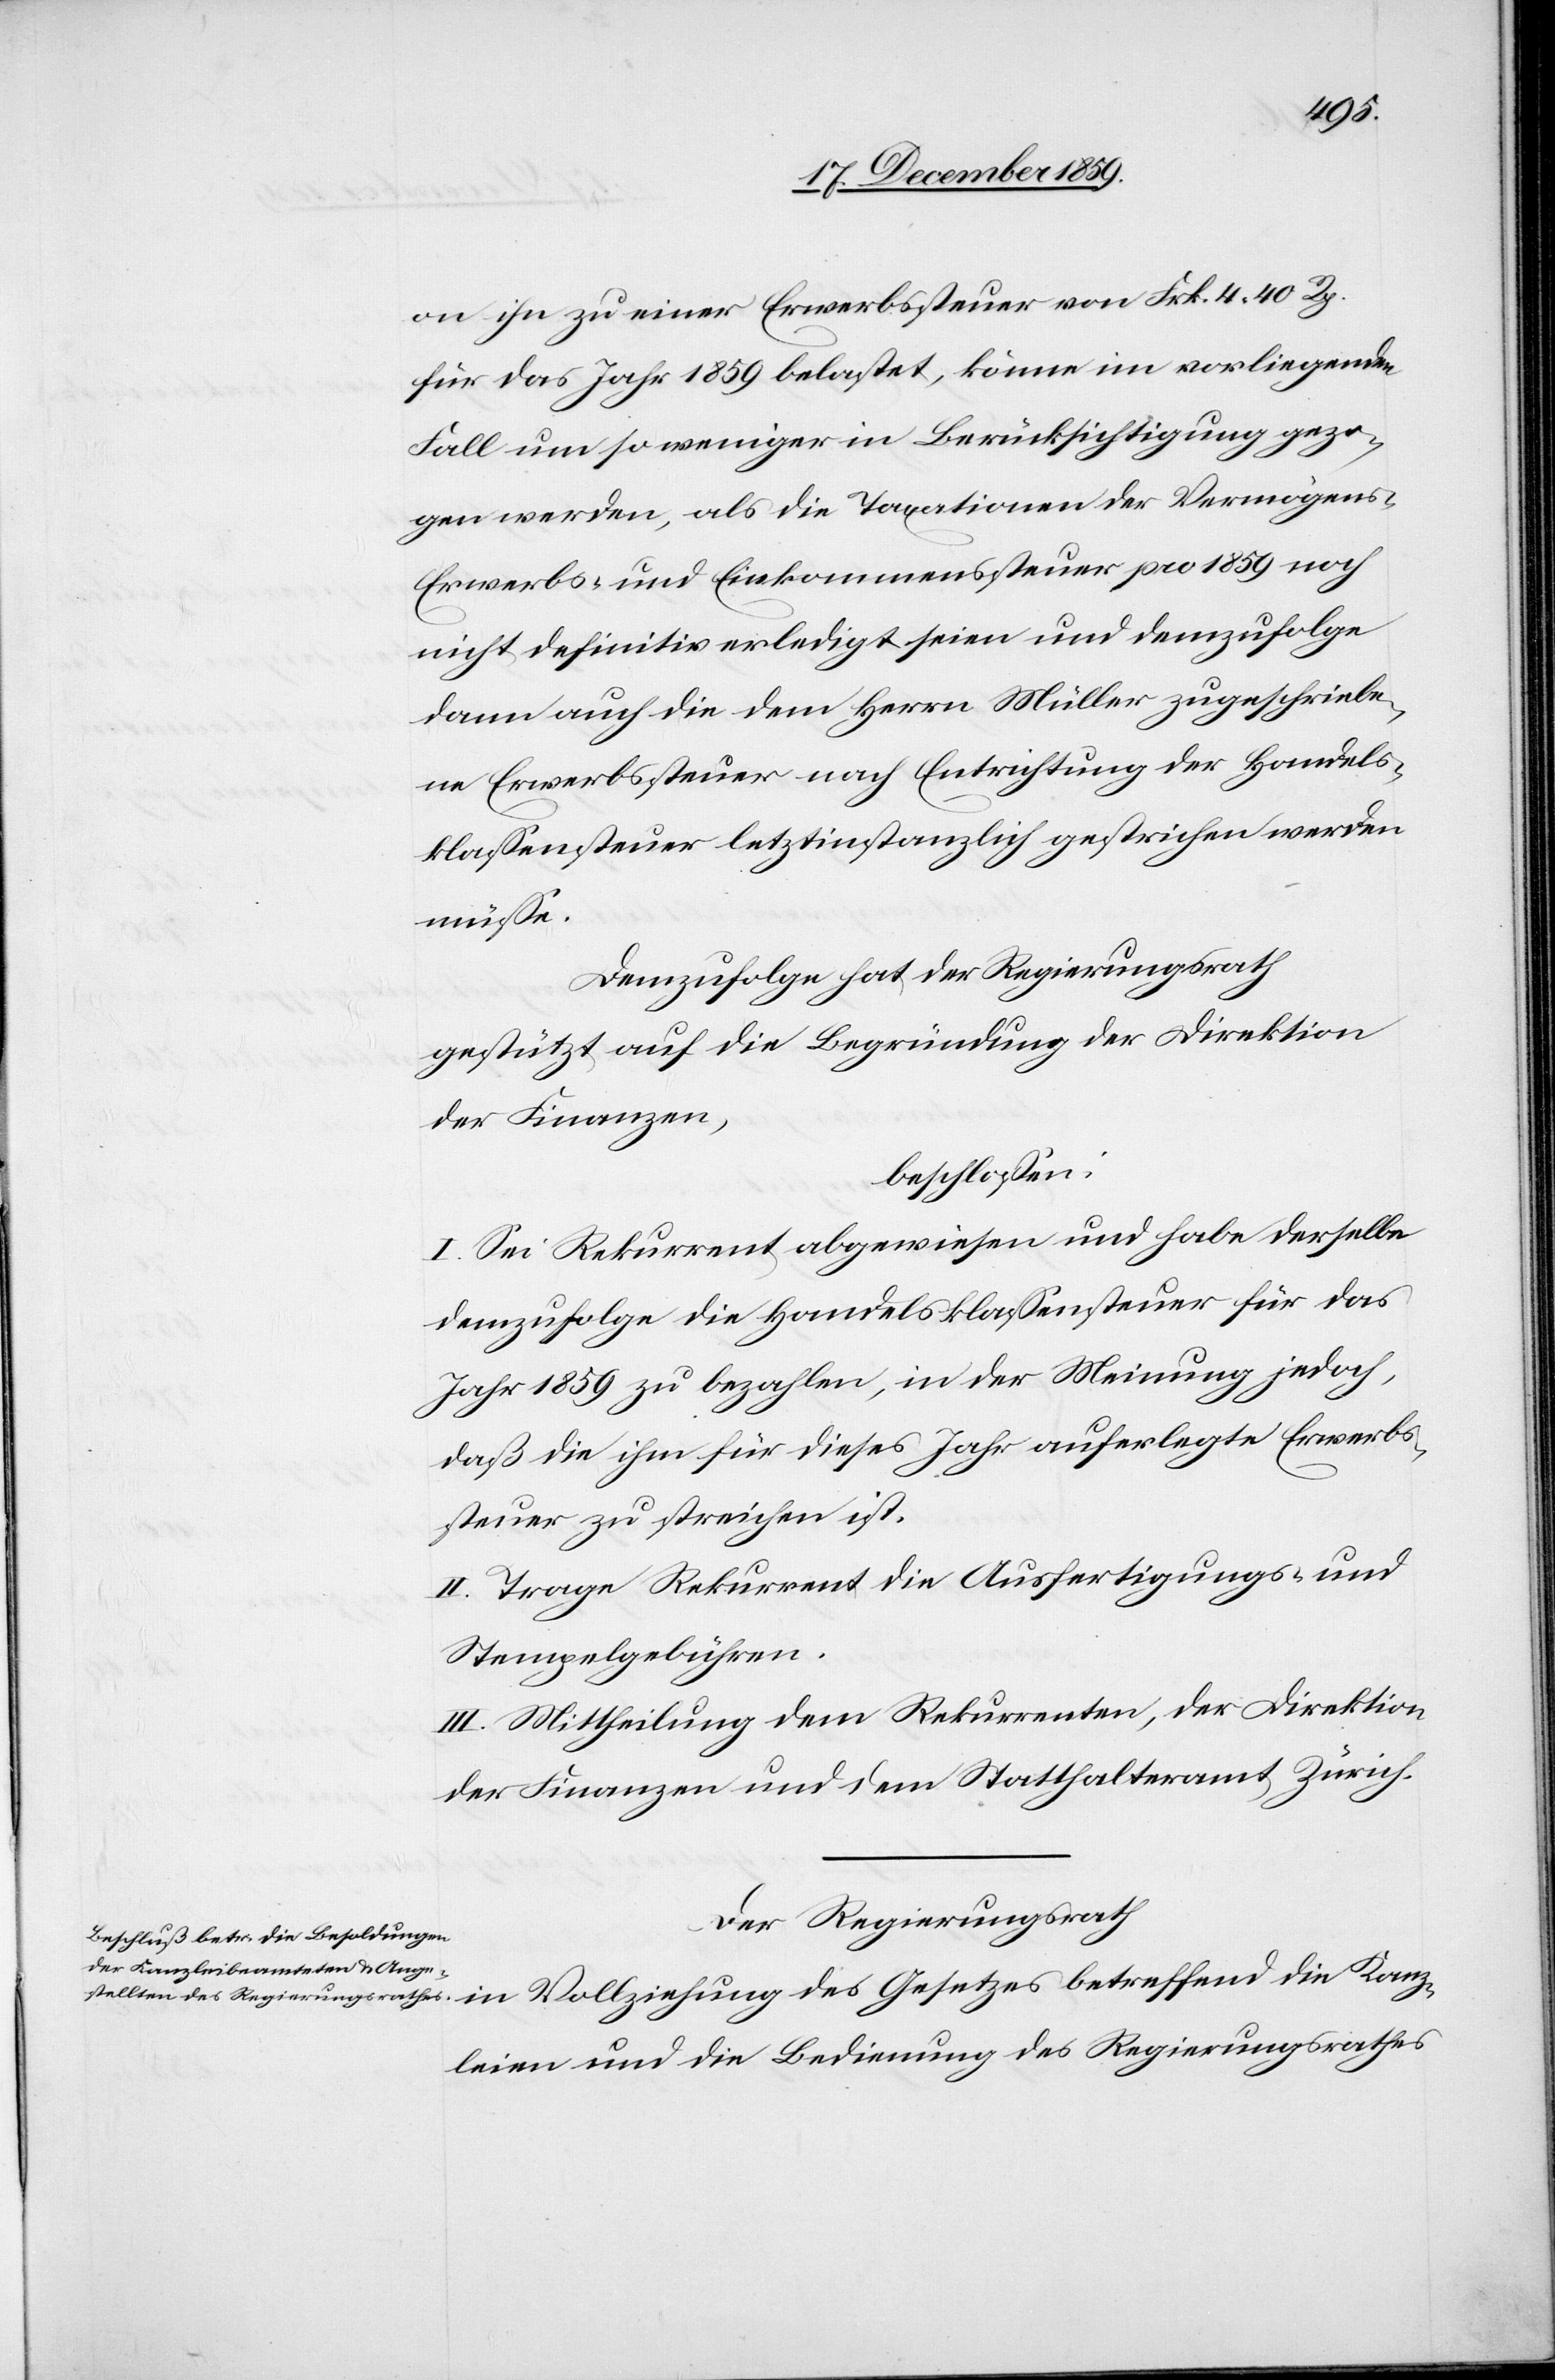
Kanz¬
on ihn zu einer Erwerbssteuer von Frk. 4 40 Rp.
für das Jahr 1859 belastet, könne im vorliegenden
Fall um so weniger in Berücksichtigung gezo¬
gen werden, als die Taxation der Vermögens-,
Erwerbs- und Einkommenssteuer pro 1859 noch
nicht definitiv erledigt seien und demzufolge
denn auch die dem Herrn Müller zugeschriebe¬
ne Erwerbssteuer nach Entrichtung der Handels¬
klassensteuer letztinstanzlich gestrichen werden
müsse.
Demzufolge hat der Regierungsrath
gestützt auf die Begründung der Direktion
der Finanzen,
beschlossen:
I. Sei Rekurrent abgewiesen und habe derselbe
demzufolge die Handelsklassensteuer für das
Jahr 1859 zu bezahlen, in der Meinung jedoch,
daß die ihm für dieses Jahr auferlegte Erwerbs¬
steuer zu streichen ist.
II. Trage Rekurrent die Ausfertigungs- und
Stempelgebühren.
III. Mittheilung dem Rekurrenten, der Direktion
der Finanzen und dem Statthalteramt Zürich.
Der Regierungsrath
leien und die Bedingungen des Regierungsrathes